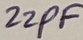
Text: 22PF